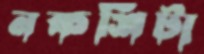
নকশিটা